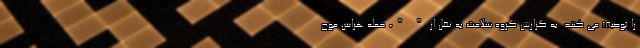
را توصیف می کنند. به گزارش گروه سلامت به نقل از " "، حمله هراس موج